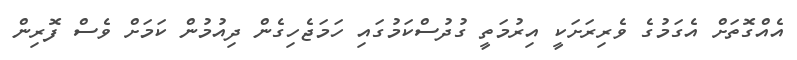
އެއްގޮތަށް އެގަމުގެ ވެރިރަށަކީ އިރުމަތީ ގުދުސްކަމުގައި ހަމަޖެހިގެން ދިއުމުން ކަމަށް ވެސް ފޮރިން